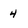
Character: 4